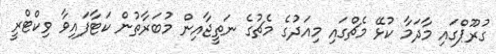
ގުރޫޕްގައި މާދަމާ ކުޅޭ މެޗްގައި މިއަދުގެ މެޗުގެ ނަތީޖާއިން މުބަރާތުން ކަޓާފައިވާ ވިކްޓްރީ